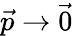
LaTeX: {\vec{p}}\rightarrow{\vec{0}}